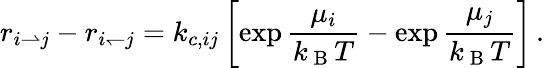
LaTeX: r_{i\rightharpoonup j}-r_{i\leftharpoondown j}=k_{c,ij}\left[\exp{\frac{\mu_{i}}{k_{\mathrm{~B~}}T}}-\exp{\frac{\mu_{j}}{k_{\mathrm{~B~}}T}}\right]\, .